画像に写った文字を読んでください
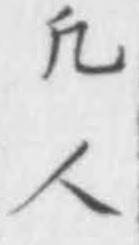
「凢人」と書いてあります